Eesti_Toorahva_Kommuun, lk 40
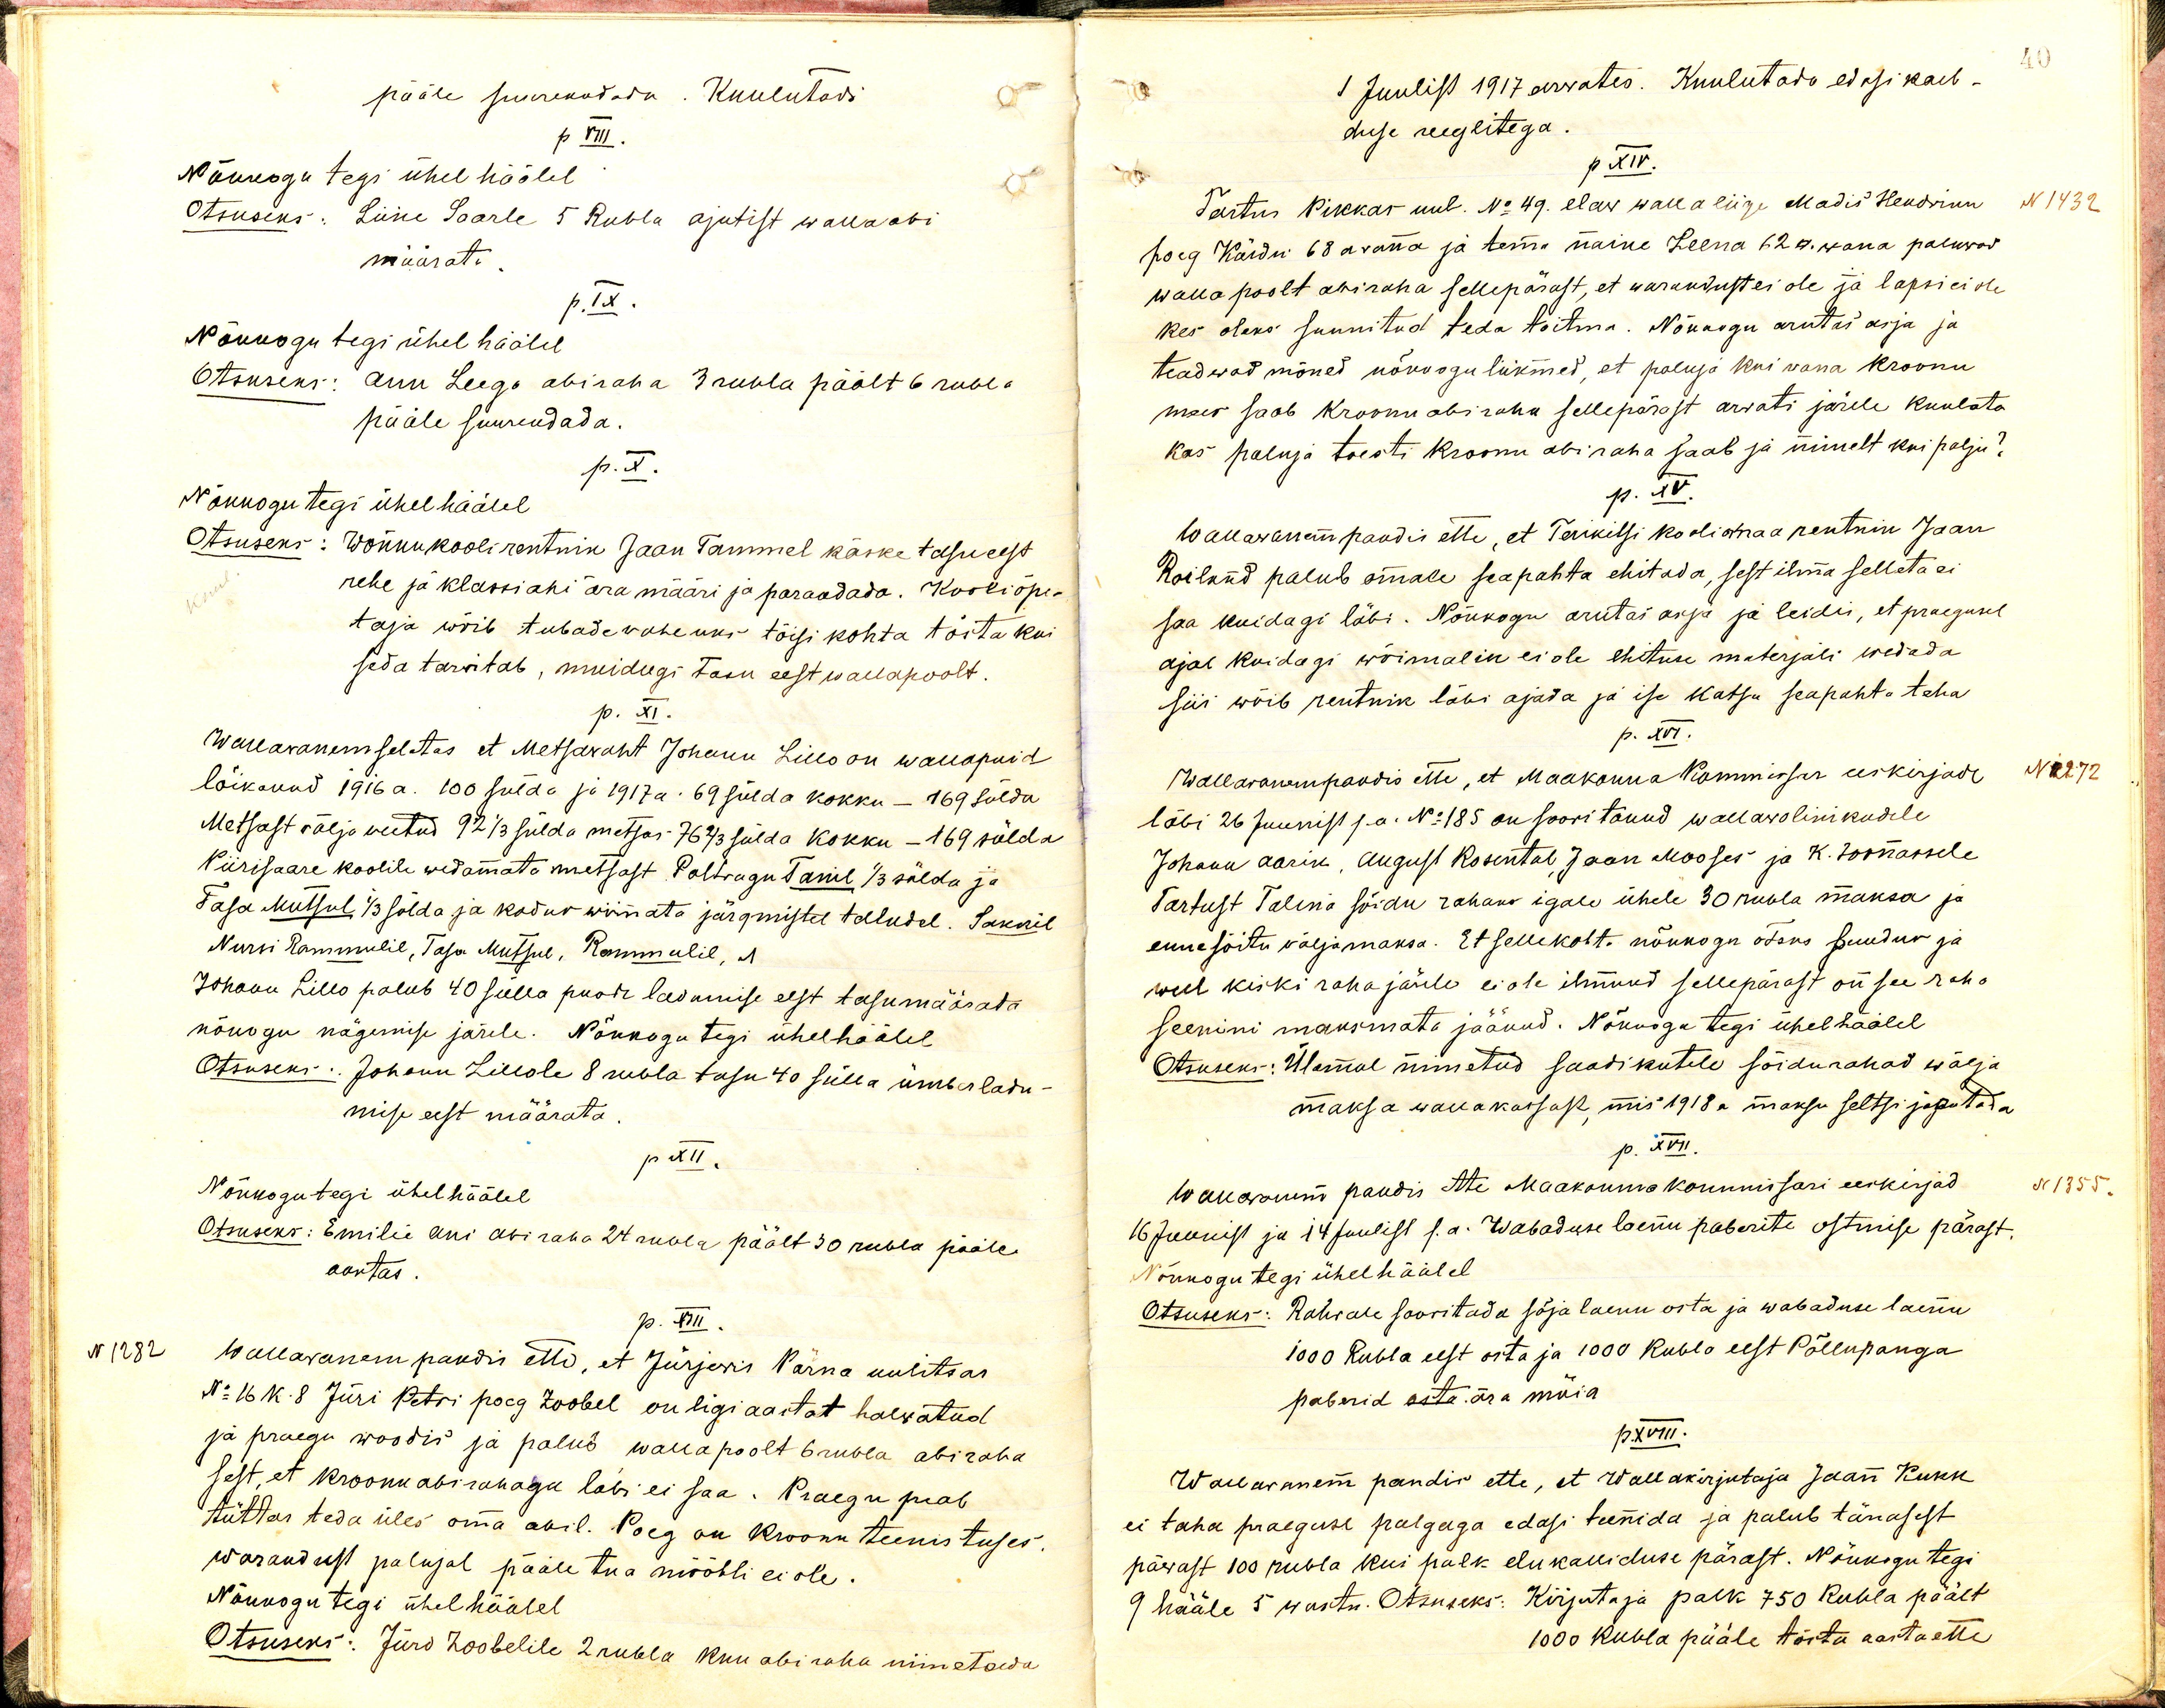
pääle suurendada. Kuulutadi
p VIII
Nõukogu tegi ühel häälel
Otsuseks: Liine Saarle 5 Rubla ajutist wallaabi
määrata
p. IX.
Nõukogu tegi ühel häälel
Otsuseks: Ann Leego abiraha 3 rubla päält 6 rubla
pääle suurendada
p. X.
Nõukogu tegi ühel häälel
Otsuseks: Wõnnu kooli rentnik Jaan Tammel käske tasu eest
rehe ja klassiahi ära määri ja parandada. Kooli õpe-
taja wõib tubade vahe uks tõisi kohta tösta kui
seda tarwitab, muidugi tasu eest walla poolt.
p. XI.
Wallawanem seletas et metsawaht Johann Lillo on wallapuid
lõikanud 1916 a. 100 sülda ja 1917 a. 69 sülda kokku - 169 sülda
Metsast wälja weetud 92 1/3 sülda metsas 76 2/3 sülda kokku - 169 sülda
Piirisaare koolile wedamata metsast Poltragu Tanil 1/3 sülda ja
Tasa Mutsul 1/3 sülda ja kodus wiimata järgmistel taludel. Saksil
Nursi Rammulil, Tasa Mutsul, Rammulil, 1
Johann Lillo palub 40 sülla punda ladumise eest tasumäärata
nõukogu nägemise järele. Nõukogu tegi ühelhäälel
Otsuseks: Johann Lillole 8 rubla tasu 40 sülla ümberladu-
mise eest määrata
p XII.
Nõukogu tegi ühel häälel
Otsuseks: Emilie Aus abiraha 24 rubla päält 30 rubla pääle
aastas.
p.XIII.
N 1282 wallawanem pandis ette, et Jürjewis Pärna uulitsas
No 16 k. 8 Jüri Petri poeg Zoobel on ligi aastat halwatud
ja praegu woodis ja palub walla poolt 6 rubla abiraha
sest, et kroonu abirahaga läbi ei saa. Praegu peab
tüttar teda üles oma abil. Poeg on kroonu teenistuses.
Warandust palujal pääle tua mööbli ei ole.
Nõukogu tegi ühel häälel
Otsuses: Jüri Zoobelile 2 rubla kuu abiraha nimetada

1 Juulist 1917 arwates. Kuulutada edasi kaeb-
duse reeglitega
p XIV.
Tartus Pikkas uul. No 49 elaw walla liige Madis Hendriku
N 1432
poeg Käidu 68 a wana ja tema naine Leena 62 a. wana paluwad
walla poolt abiraha sellepärast, et warandust ei ole ja lapsi ei ole
kes oleks sunnitud teda toitma. Nõukogu arutas asja ja
teadwad mõned nõukogu liikmed, et paluja kui vana kroonu
mees saab Kroonu abiraha sellepärast arwati järele kuulata
kas paluja tõesti kroonu abiraha saab ja nimelt kui palju?
p. XV.
Wallawanem pandis ette, et Terikitsi kooli maa rentnik Jaan
Roiland palub omale seapahta ehitada, sest ilma selleta ei
saa kuidagi läbi. Nõukogu arutas asja ja leidis, et praegusel
ajal kuidagi wõimalik ei ole ehituse materjali wedada
siis wõib rentnik läbi ajada ja ise katsu seapahta teha
p. XVI.
Wallawanem pandis ette, et Maakonna Kommissar eeskirjade N 2272
läbi 26 Juunist s.a. No:185 on soowitanud wallawolinikudele
Johann Aarik, August Rosental, Jaan Mooses ja K. Toomasele
Tartust Talina sõidu rahaks igale ühele 30 rubla maksa ja
enne sõitu wäljamaksa. Et sellekohta nõukogu otsus puudus ja
weel kiski raha järele ei ole ilmund sellepärast on see raha
senini maksmata jäänud. Nõukogu tegi ühel häälel
Otsuseks: Ülemal nimetud saadikutele sõidurahad wälja
maksa wallakassast, mis 1918 a maksu seltsi jagatada
p. XVII.
Wallawanem pandis ette Maakonna Kommissari eeskirjad
N 1355.
16 Juunist ja 14 Juulist s.a. Wabaduse laenu paberite ostmise pärast.
Nõukogu tegi ühel häälel
Otsuseks: Rahwale soowitada sõja laenu osta ja wabaduse laenu
1000 Rubla eest osta ja 1000 Rubla eest Põllupanga
paberid osta ära müia
p.XVIII.
Wallawanem pandis ette, et Wallakirjutaja Jaan Kukk
ei taha praeguse palgaga edasi teenida ja palub tänasest
päwast 100 rubla kui palk elukalliduse pärast. Nõukogu tegi
9 hääle 5 wastu. Otsuseks: Kirjutaja palk 750 Rubla päält
1000 Rubla pääle tõsta aasta ette